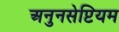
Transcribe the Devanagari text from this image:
अनुनसेप्टियम